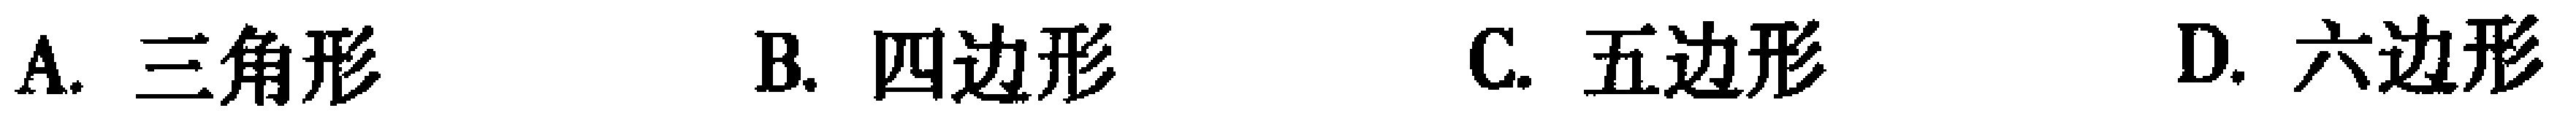
A. 三角形 B. 四边形 C. 五边形 D. 六边形